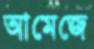
আমেজে